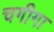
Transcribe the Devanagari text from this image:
चगीगा